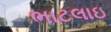
ભાટલાઇ